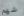
شهم